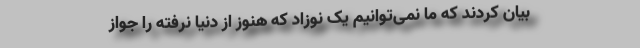
بیان کردند که ما نمی‌توانیم یک نوزاد که هنوز از دنیا نرفته را جواز